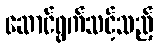
ဆောင်ရွက်သင့်သည့်